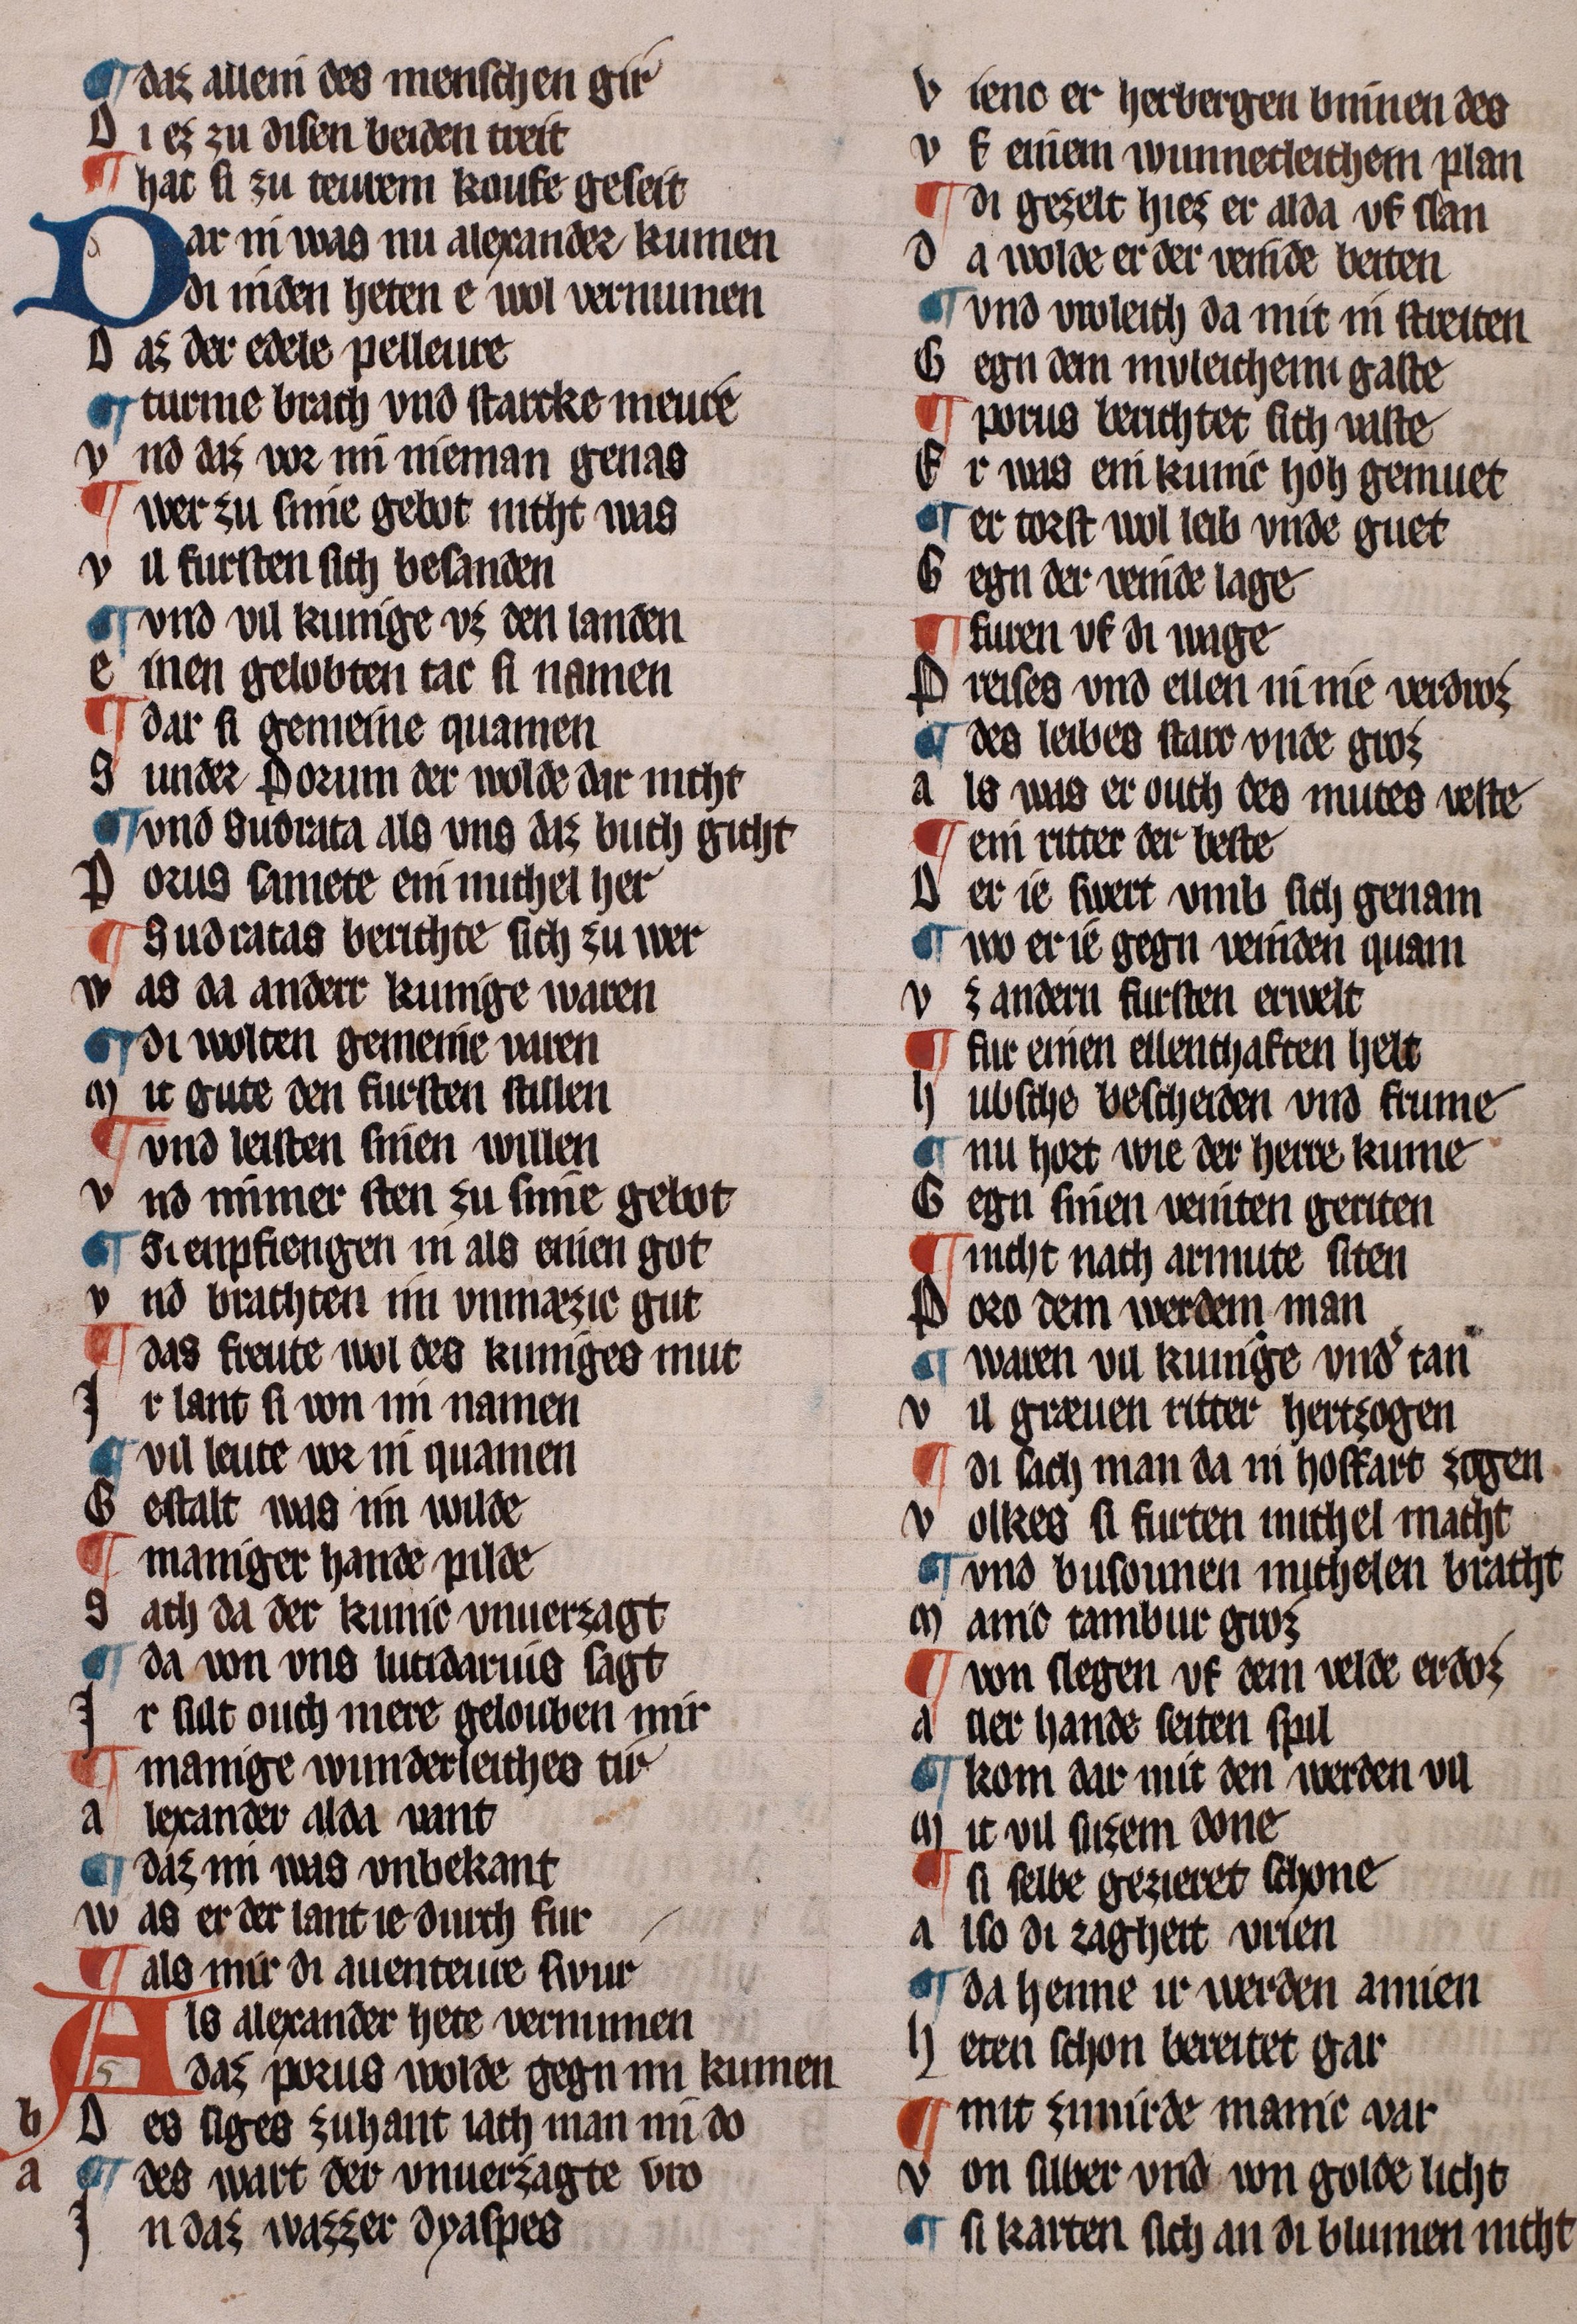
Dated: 1322–1322